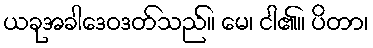
ယခုအခါဒေဝဒတ်သည်။ မေ၊ ငါ၏။ ပိတာ၊